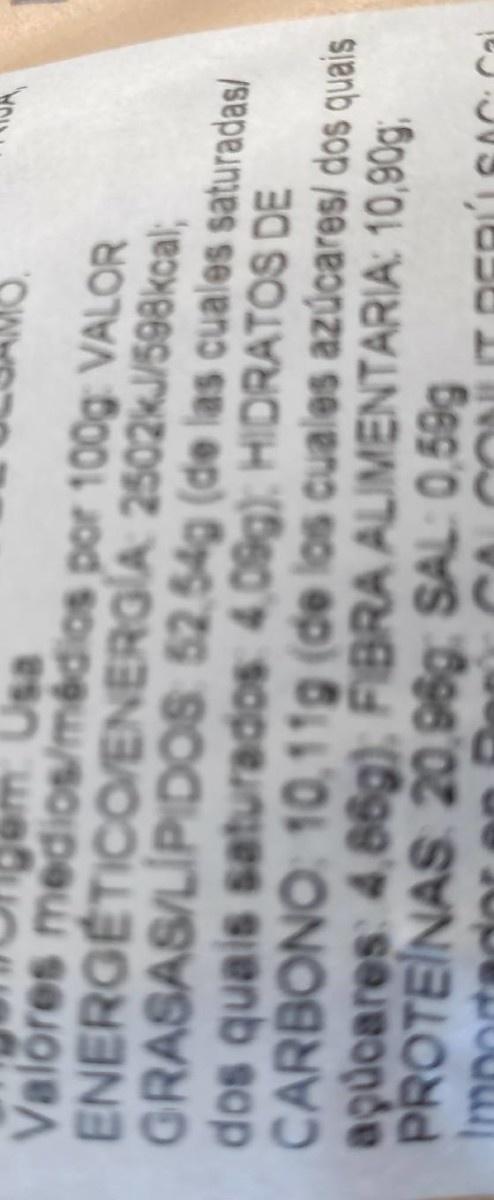
Valores medios/médios por 100g: VALOR ENERGÉTICO/ENERGIA 2502KJ/598kcal; GRASAS/LIPIDOS 52,54g (de las cuales saturadas/ dos quais saturados 4,09g) HIDRATOS DE CARBONO: 10,11g (de los cuales azúcares/ dos quais agucares: 4,66g), FIBRA ALIMENTARIA: 10,90g, PROTEINAS 20,96g; SAL: 0,59g Importador
s0 we